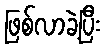
ဖြစ်လာခဲ့ပြီး